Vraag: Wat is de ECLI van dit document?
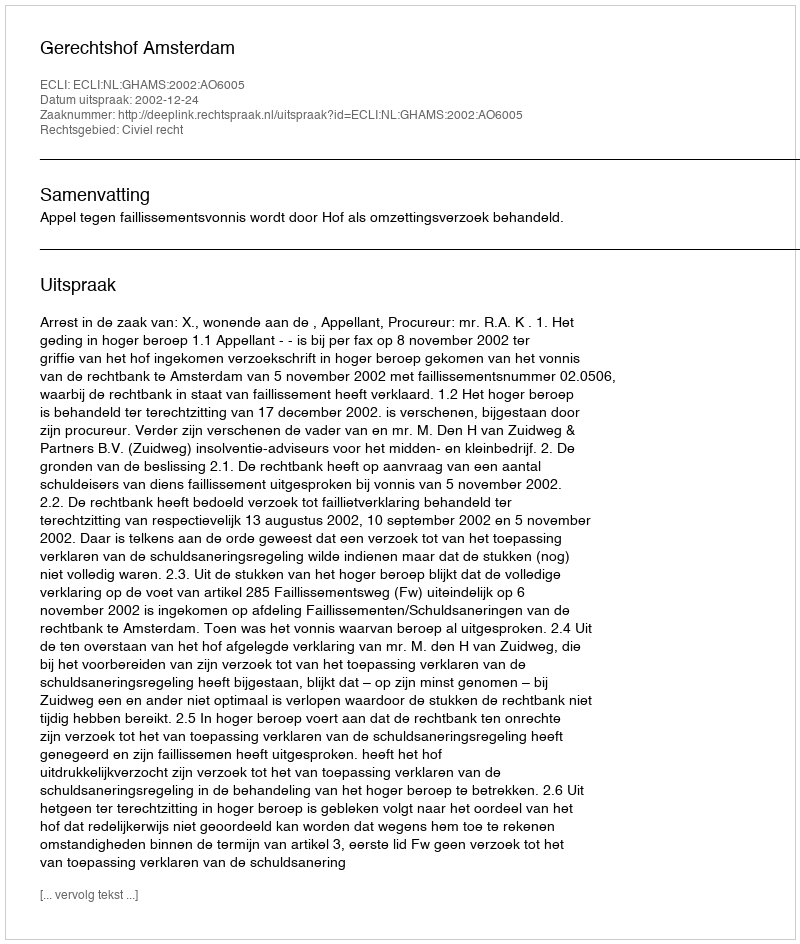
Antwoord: ECLI:NL:GHAMS:2002:AO6005